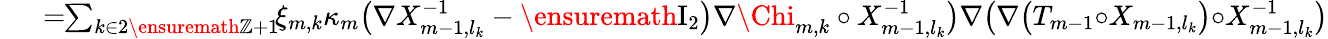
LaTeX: \begin{array}{rl}{\mathrm{~}}&{{}=\! \! \sum_{k\in 2\ensuremath{\mathbb{Z}}+1}\! \! \xi_{m,k}\kappa_{m}\bigl(\nabla X_{m-1,l_{k}}^{-1}-\ensuremath{\mathrm{I}_{2}}\bigr)\nabla{\Chi}_{m,k}\circ X_{m-1,l_{k}}^{-1}\bigr)\nabla\bigl(\nabla\bigl(T_{m-1}{\circ}X_{m-1,l_{k}}\bigr){\circ}X_{m-1,l_{k}}^{-1}\bigr)}\end{array}